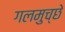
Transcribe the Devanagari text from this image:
गलमुच्छे